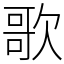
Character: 歌